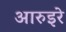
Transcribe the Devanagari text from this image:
आरुइरे